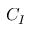
C _ { I }